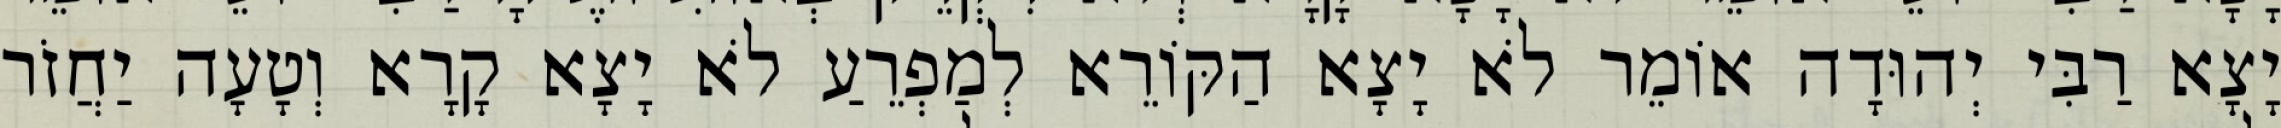
יָצָא רַבִּי יְהוּדָה אוֹמֵר לֹא יָצָא הַקּוֹרֵא לְמַפְרֵעַ לֹא יָצָא קָרָא וְטָעָה יַחֲזֹר